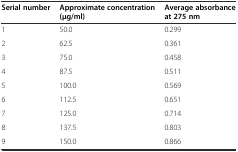
<table><thead><tr><td><b>Serial number</b></td><td><b>Approximate concentration (μg/ml)</b></td><td><b>Average absorbance at 275 nm</b></td></tr></thead><tbody><tr><td>1</td><td>50.0</td><td>0.299</td></tr><tr><td>2</td><td>62.5</td><td>0.361</td></tr><tr><td>3</td><td>75.0</td><td>0.458</td></tr><tr><td>4</td><td>87.5</td><td>0.511</td></tr><tr><td>5</td><td>100.0</td><td>0.569</td></tr><tr><td>6</td><td>112.5</td><td>0.651</td></tr><tr><td>7</td><td>125.0</td><td>0.714</td></tr><tr><td>8</td><td>137.5</td><td>0.803</td></tr><tr><td>9</td><td>150.0</td><td>0.866</td></tr></tbody></table>